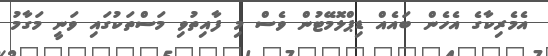
އެމެރިކާގެ އެހެން ބައެއް ޑިޕްލޮމޭޓުން ވެސް މި ފާއިތުވި މަސްތަކުގައި ވަނީ މަގާމު